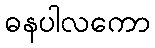
ဓနပါလကော